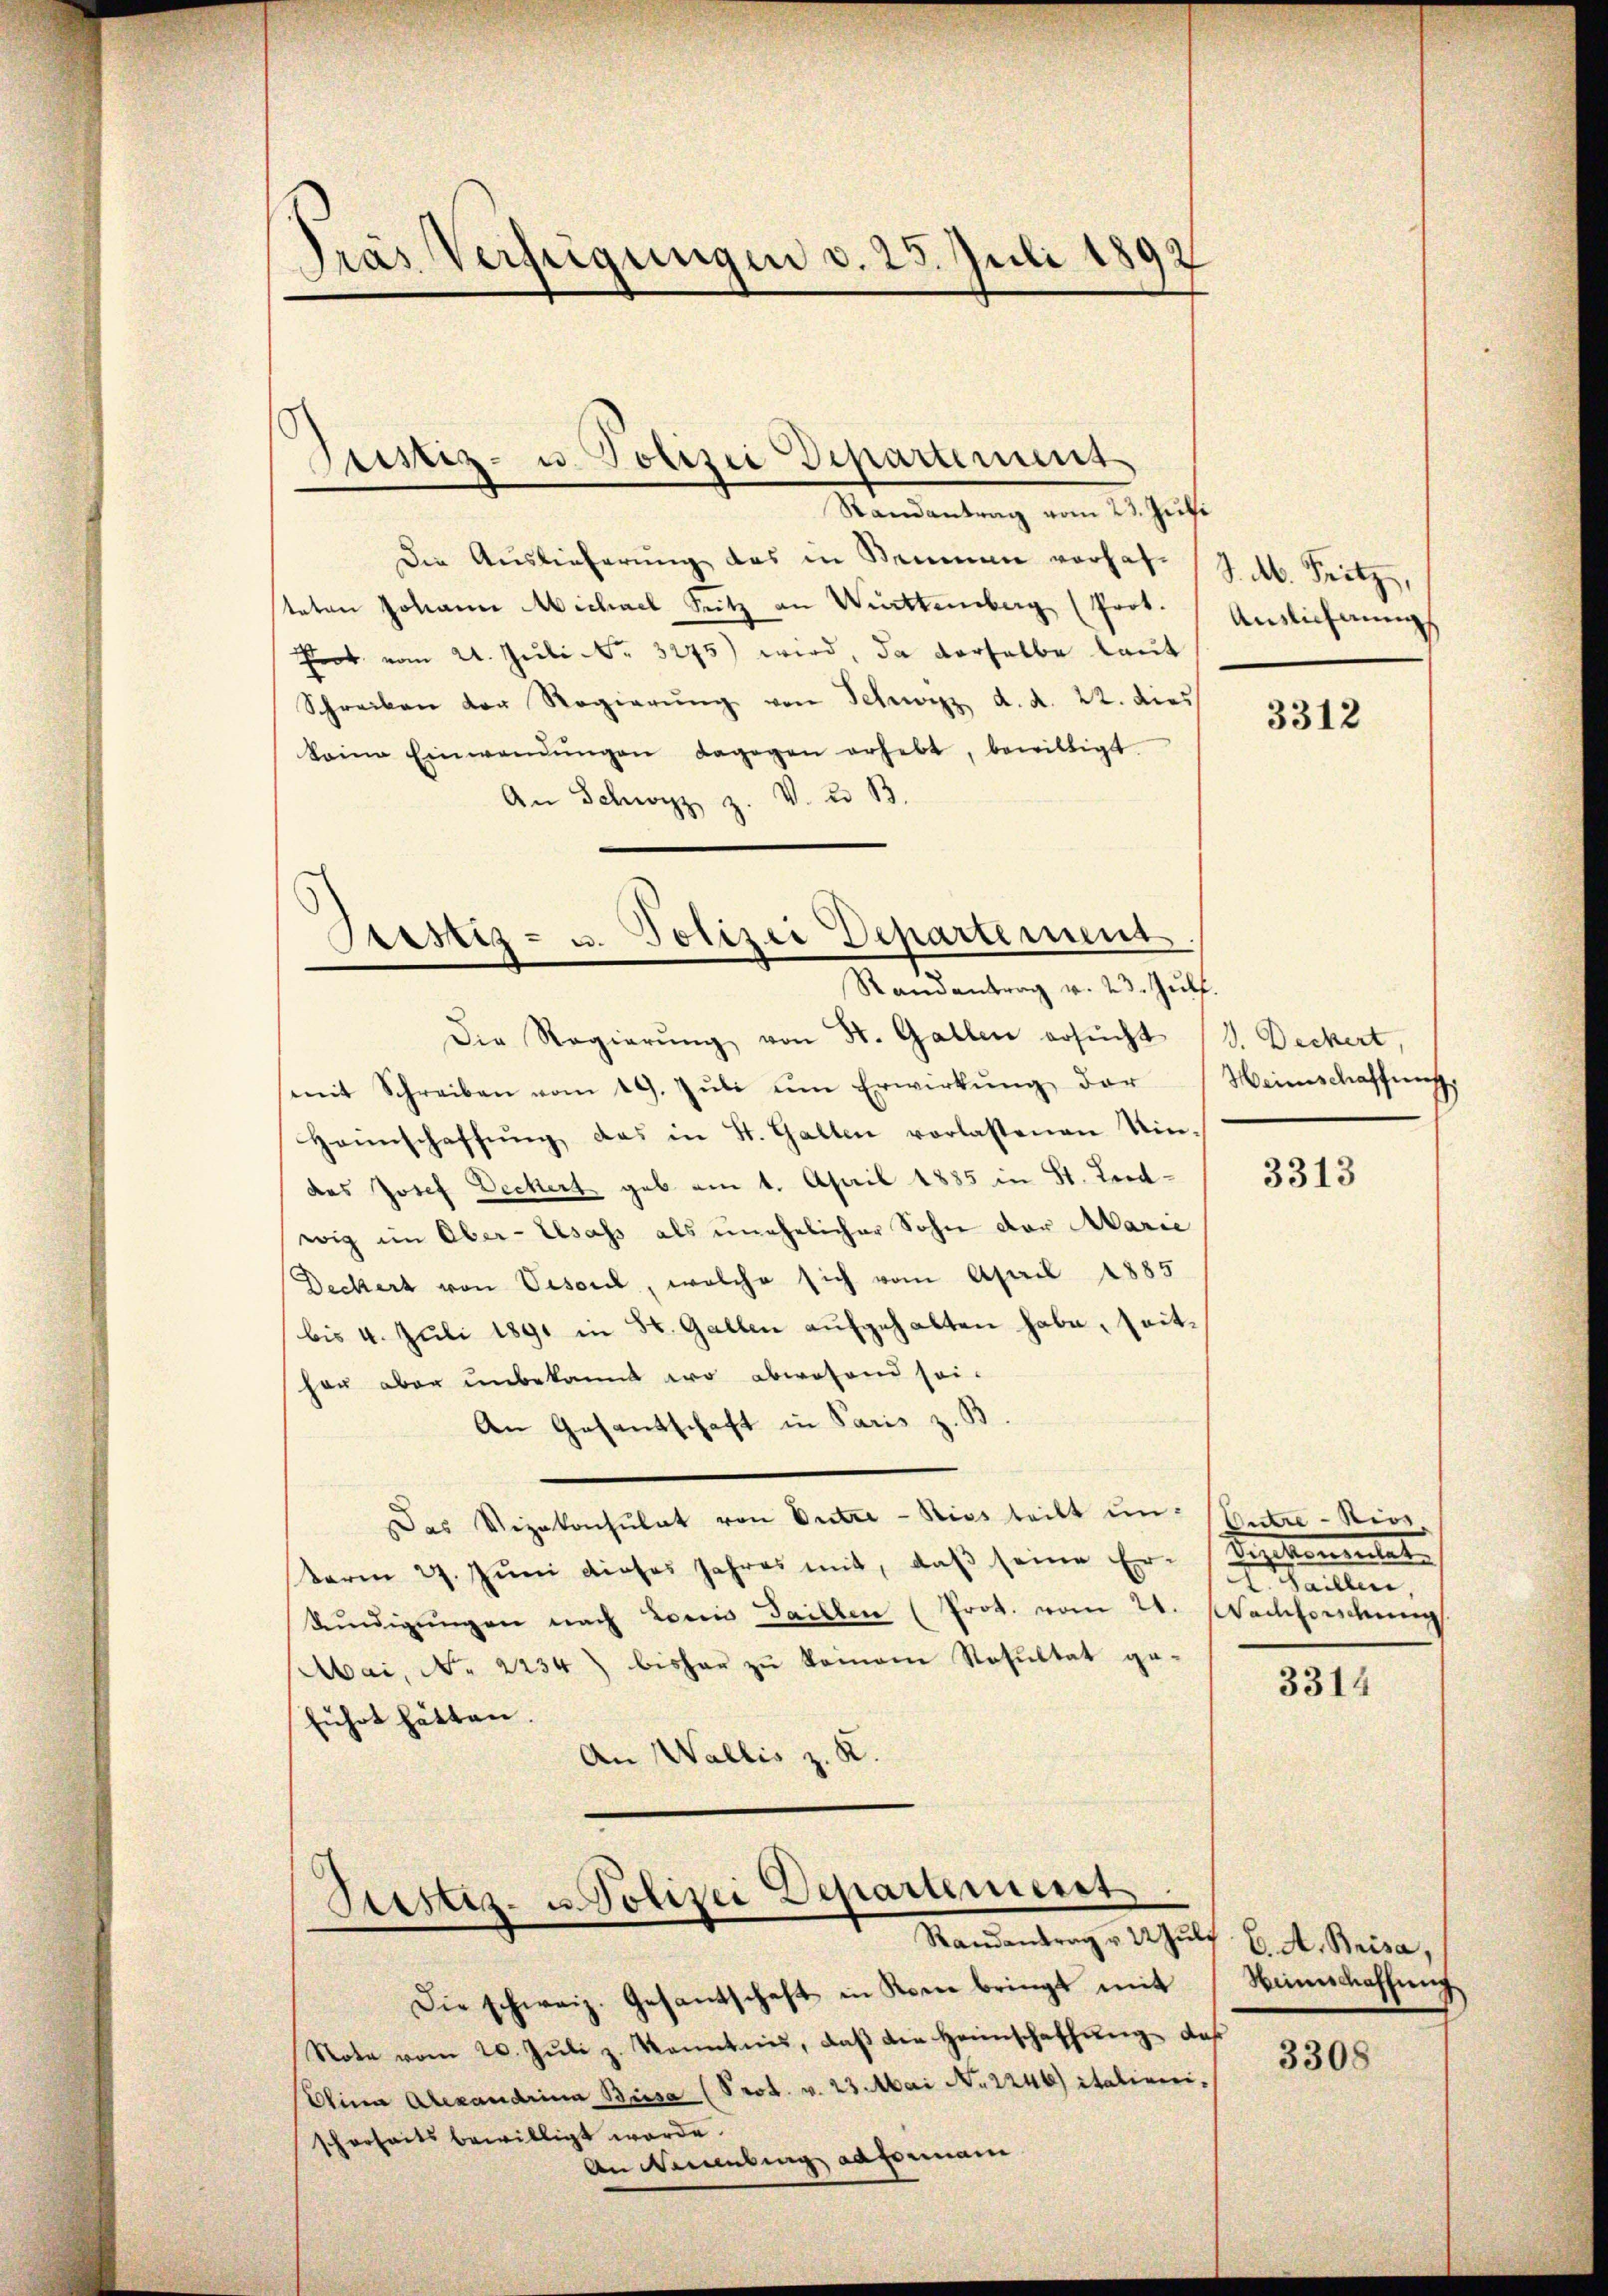
Pras Verfügungen d. 25. Juli 1892

Sistiz- u. Polizei Departement
.
Randantrag vom 23. Juli

Sistiz- u. Polizei Departement
Randantrag v. 23. Jŭlf.

Die Auslieferŭng des in Kammen vorhat. (Z. M. Fritz,
teten Johann Michael Seitz an Württemberg (Prot.
Prot. vom 24. Juli Nr. 3275) wird, da derselbe laut
Schreiben der Regierŭng von Schwyz d. d. 22. dies
keine Einwendŭngen dagegen erhebt, bewilligt.
An Schwyz z. V. u. B.
Die Regierŭng von St. Gallen ersŭcht (S. Deckert,
mit Schreiben vom 19. Jŭli ŭm Erwirkŭng der
Haunschaffŭng das in St. Gallen vorlassenen Kin-
des Josef Deckert gab am 1. April 1885 in St. Leidwig im Ober-Elsass als unehelicher Sohn der Marie
Deckert von Vison, welche sich vom April 1885
bis 4. Juli 1891 in St. Gallen aufgehalten habe, seither aber unbekannt wo abwesend sei¬
An Gesantschaft in Paris z. B
Das Vizekonsulat von Untre - Ries teilt um Entre - Ries,
term 29. Juni dieses Jahres mit, daß seine Er-Dezikonsulate
kŭndigŭngen nach Loccis Saillen (Prot. vom 20. Nachforschung
Mai, No 2234) bisher zŭ keinem Resultat ge-
führt hätten.
An Wallis z. K.

Rustiz- u. Polizei Departement
Randantrag u Mŭlf C. A. Beisa,

Die schweiz. Gesandschaft in Kone bringt mit Hinschaffŭng
Note vom 20. Jŭli z. kanntnis, daβ der Heimschaffŭng daß
Ulina Alexandrina Biesa (Prot. v. 23. Mai No 1246) italienischerheits bewilligt werde.
An Neubing adformani

Anslichnung

3312

Meinschaffung

3313

illen,

3314

3308